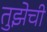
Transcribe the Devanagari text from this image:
तुझेची